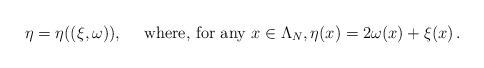
LaTeX: \begin{align*} \eta=\eta((\xi,\omega)),\quad\mbox{ where, for any } x\in\Lambda_N,\eta(x) = 2\omega(x)+\xi(x)\, . \end{align*}